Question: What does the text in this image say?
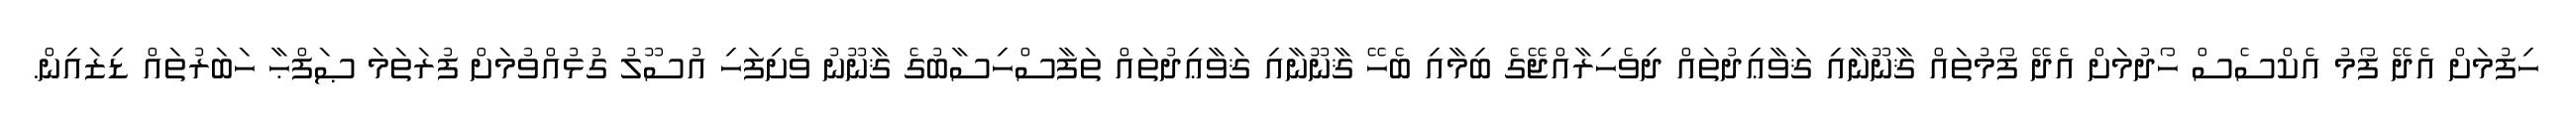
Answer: ހިފުމަށް އެދޭ ފޯމު އެކްސެސް ހޯދުމަށް އެދޭ ފޯމުތައް ޤާނޫނާއި ޤަވާޢިދުތައް ދިވެހިރާއްޖޭގެ ބިމާއި ބެހޭ ޤާނޫނާއި ޤަވާޢިދުތައް ތަފާސްހިސާބުގެ ޤާނޫނު ވެށިފަހި އުސޫލު ގުޅުއްވުމަށް ފުރަތަމަ ޞަފްޙާ ހަބަރުތައް ޑިޒައިން.